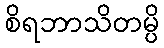
စိရဘာသိတမ္ပိ